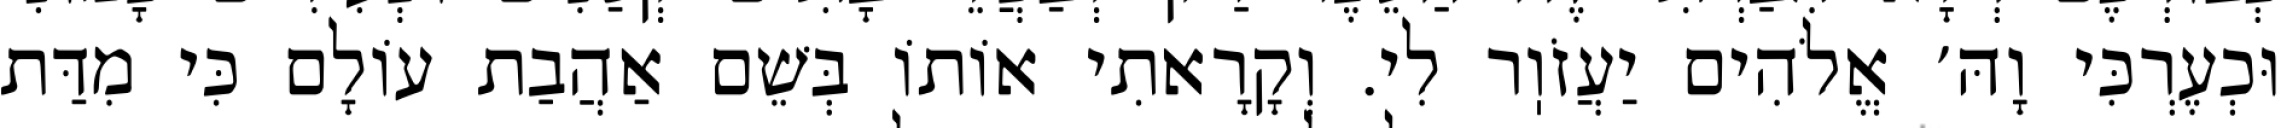
וּכְעֶרְכִּי וָהּ׳ אֱלֹהִים יַעֲזֹוֽר לִי. וְקָרָאתִי אוֹתוֹ בְּשֵׁם אַהֲבַת עוֹלָם כִּי מִדַּת